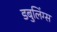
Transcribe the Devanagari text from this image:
डबुलिंग्स